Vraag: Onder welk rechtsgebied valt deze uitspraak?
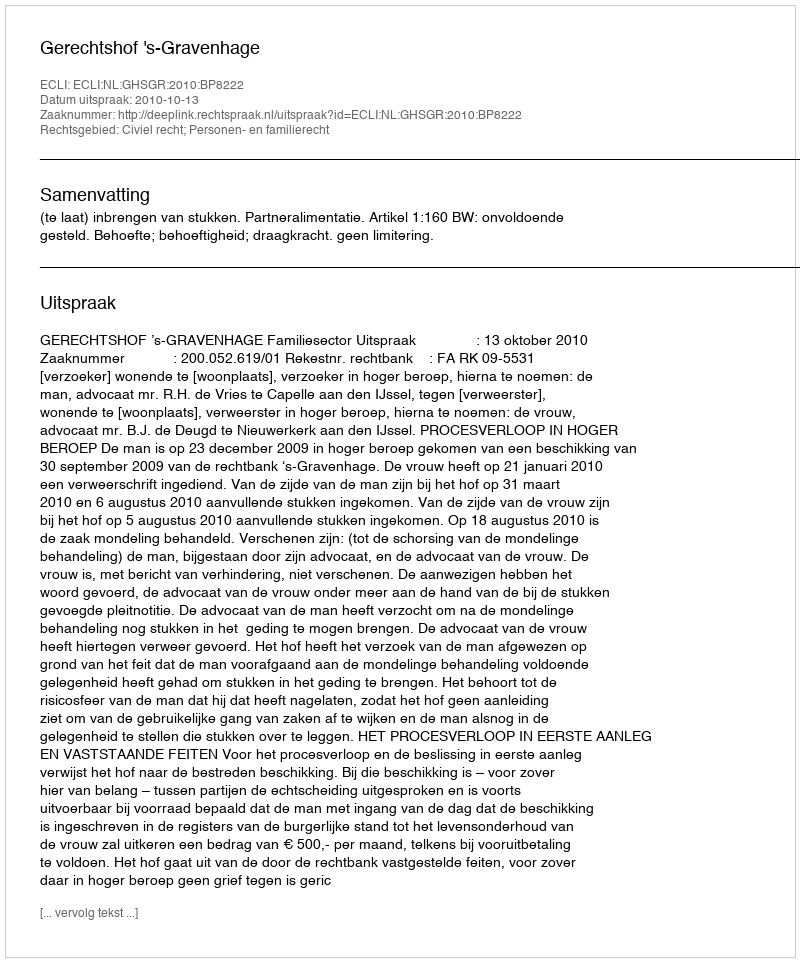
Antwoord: Civiel recht; Personen- en familierecht